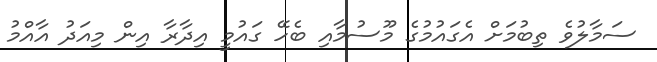
ސަމާލުވެ ތިބުމަށް އެގައުމުގެ މޫސުމާއި ބެހޭ ގައުމީ އިދާރާ އިން މިއަދު އާއްމު